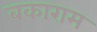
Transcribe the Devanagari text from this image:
बकाराम